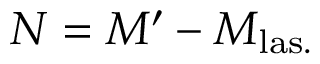
N = M ^ { \prime } - M _ { \mathrm { l a s . } }